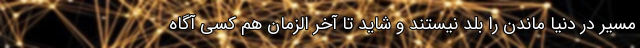
مسیر در دنیا ماندن را بلد نیستند و شاید تا آخر الزمان هم کسی آگاه